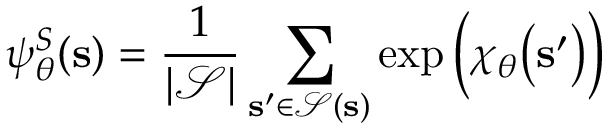
\psi _ { \boldsymbol \theta } ^ { S } ( \mathbf { s } ) = \frac { 1 } { | \mathcal { S } | } \sum _ { \mathbf { s ^ { \prime } } \in \mathcal { S } ( \mathbf { s } ) } \exp \Big ( \chi _ { \boldsymbol \theta } \big ( \mathbf { s ^ { \prime } } \big ) \Big )